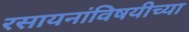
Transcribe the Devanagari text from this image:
रसायनांविषयीच्या